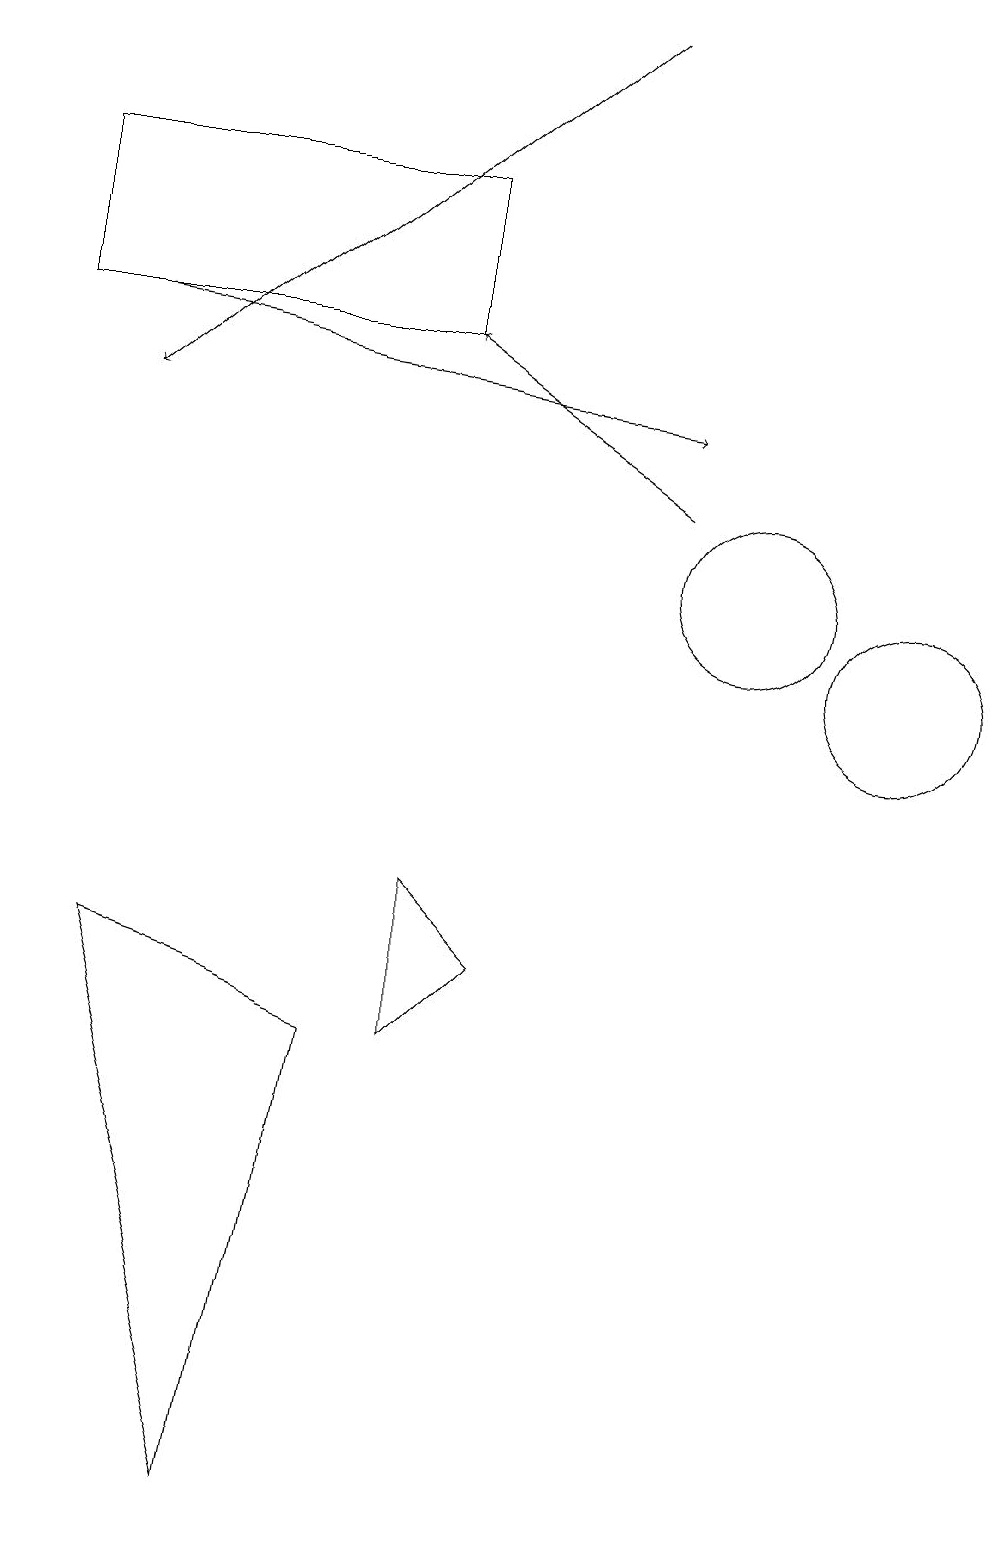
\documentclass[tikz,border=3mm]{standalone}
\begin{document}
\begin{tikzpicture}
\draw (4,0) -- (5,6) -- (2,7) -- cycle;
\draw (7,7) -- (6,6) -- (6,8) -- cycle;
\draw[->] (2,15) -- (9,14);
\draw (10,12) circle (1);
\draw[->] (8,19) -- (2,14);
\draw (6,15) rectangle (1,17);
\draw[->] (9,13) -- (6,15);
\draw (12,11) circle (1);
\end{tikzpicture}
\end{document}